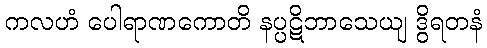
ကလဟံ ပေါရာဏကောတိ နပ္ပဋိဘာသေယျ ဒွိရတနံ